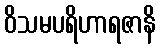
ဝိသမပရိဟာရဇာနိ